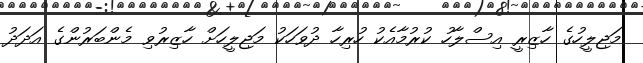
މަޖިލީހުގެ ހާޒިރީ އިސްލާހު ކުރުމާއެކު ހުރިހާ ދުވަހަކު މަޖިލީހަށް ހާޒިރުވި މެންބަރުންގެ އަދަދު